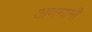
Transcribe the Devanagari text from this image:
अणनामी